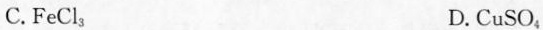
C. FeCl_{3} D.CuSO_{4}